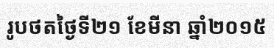
រូបថតថ្ងៃទី២១ ខែមីនា ឆ្នាំ២០១៥